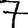
Digit: 7